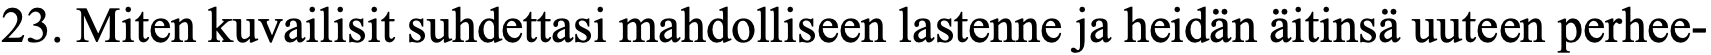
23. Miten kuvailisit suhdettasi mahdolliseen lastenne ja heidän äitinsä uuteen perhee-